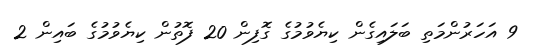
9 އަހަރުންމަތި ބަލައިގެން ކިޔެވުމުގެ ގޮފިން 20 ފޮތުން ކިޔެވުމުގެ ބައިން 2